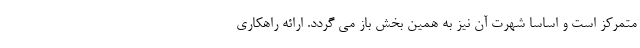
متمرکز است و اساسا شهرت آن نیز به همین بخش باز می گردد. ارائه راهکاری